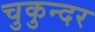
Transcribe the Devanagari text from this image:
चुकुन्दर